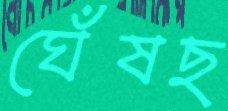
ঘেঁষছ